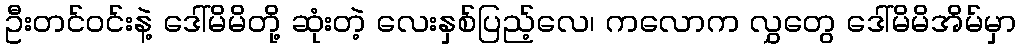
ဦးတင်ဝင်းနဲ့ ဒေါ်မိမိတို့ ဆုံးတဲ့ လေးနှစ်ပြည့်လေ၊ ကလောက လွှတွေ ဒေါ်မိမိအိမ်မှာ